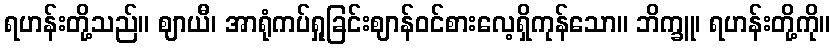
ရဟန်းတို့သည်။ ဈာယီ၊ အာရုံကပ်ရှုခြင်းဈာန်ဝင်စားလေ့ရှိကုန်သော။ ဘိက္ခူ၊ ရဟန်းတို့ကို။